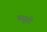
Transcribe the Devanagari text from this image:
बसूही